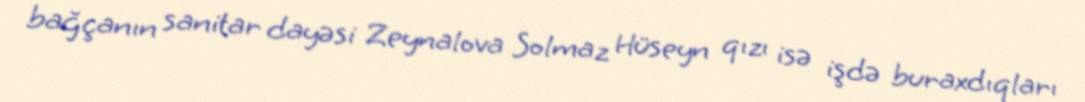
bağçanın sanitar dayəsi Zeynalova Solmaz Hüseyn qızı isə işdə buraxdıqları